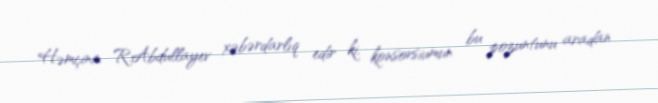
Həmçinin R.Abdullayev xəbərdarlıq edir ki, konsorsiumun bu pozuntunu aradan